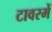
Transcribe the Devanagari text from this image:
टावरमें